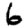
Digit: 6